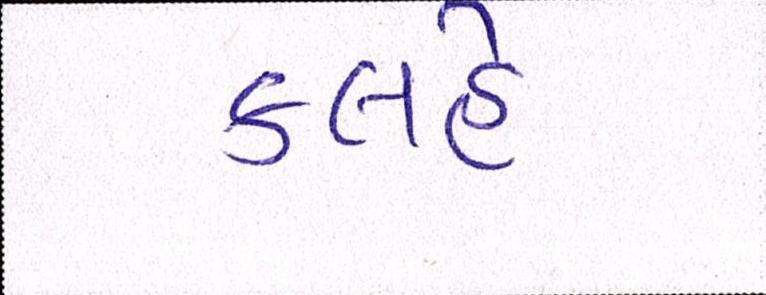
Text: કલહે